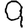
Digit: 9